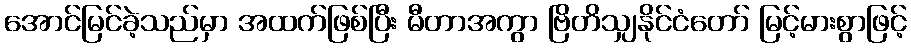
အောင်မြင်ခဲ့သည်မှာ အထက်ဖြစ်ပြီး မီတာအကွာ ဗြိတိသျှနိုင်ငံတော် မြင့်မားစွာဖြင့်